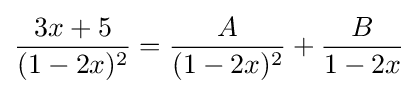
{\frac {3x+5}{(1-2x)^{2}}}={\frac {A}{(1-2x)^{2}}}+{\frac {B}{1-2x}}